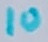
Text: 10